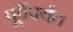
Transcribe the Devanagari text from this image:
पूर्वेपर्यंत